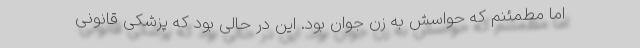
اما مطمئنم که حواسش به زن جوان بود. این در حالی بود که پزشکی قانونی